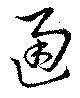
通